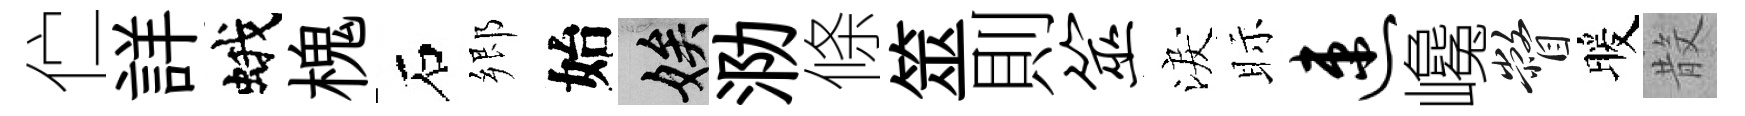
伫詳蛾槐石郷始娭泐條筮則筮淚眎速巉瞥暖𣪚